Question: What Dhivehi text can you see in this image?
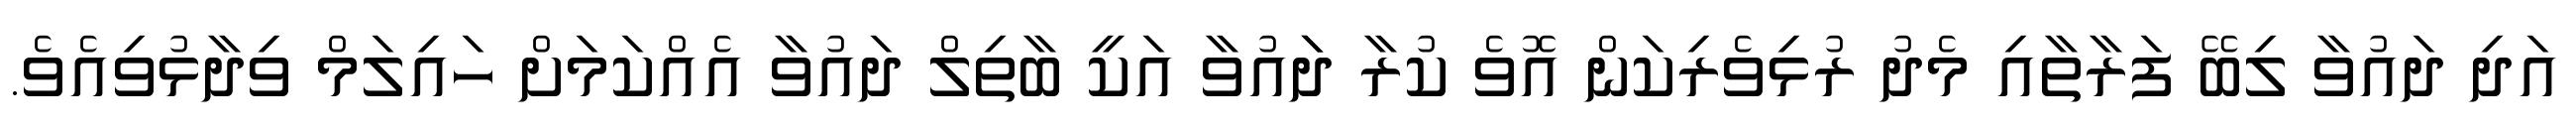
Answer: އަދި ދައުވާ ލިބޭ ފަރާތާއި މެދު ރުޅިވެރިކަން އޮވެ ކުރާ ދަައުވާ އަކީ ބާތިލް ދައުވާ އެއްކަމަށް ހައިލަމް ވިދާޅުވިއެވެ.